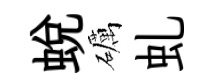
蛻礪虬